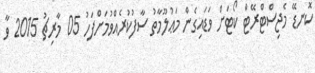
ކޮނޑޭ މެޖިސްޓްރޭޓް ކޯޓަށް ވަޑައިގެން މަޢުލޫމާތު ސާފުކުރެއްވުމަށްފަހު 05 މާރިޗު 2015 ވާ